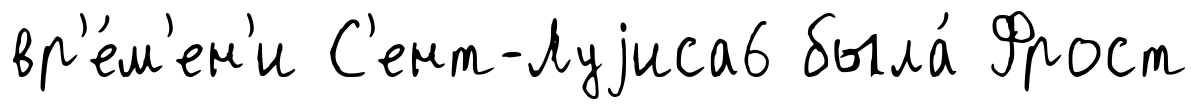
вр'е́м'ен'и С'ент-Луjиса6 была́ Фрост